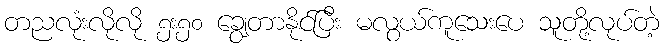
တညလုံးလိုလို ၅း၅၀ ချွေတာနိုင်ပြီး မလွယ်ကူသေးပေ သူတို့လုပ်တဲ့